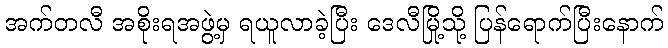
အက်တလီ အစိုးရအဖွဲ့မှ ရယူလာခဲ့ပြီး ဒေလီမြို့သို့ ပြန်ရောက်ပြီးနောက်